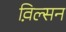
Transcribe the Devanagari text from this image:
व़िल्सन